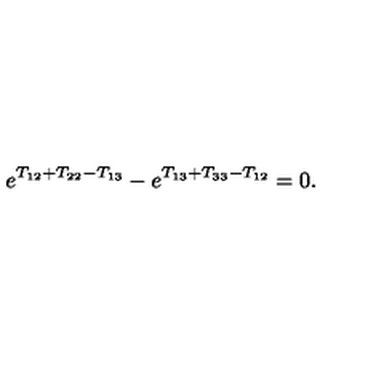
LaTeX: e ^ { T _ { 1 2 } + T _ { 2 2 } - T _ { 1 3 } } - e ^ { T _ { 1 3 } + T _ { 3 3 } - T _ { 1 2 } } = 0 .